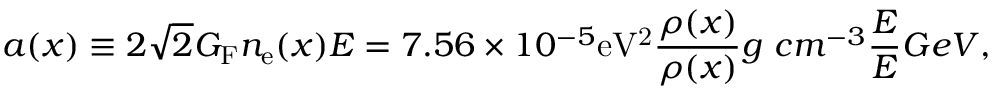
a ( x ) \equiv 2 \sqrt { 2 } G _ { \mathrm { F } } n _ { \mathrm { e } } ( x ) E = 7 . 5 6 \times 1 0 ^ { - 5 } \mathrm { e V ^ { 2 } } \frac { \rho ( x ) } { \rho ( x ) } { g ~ c m ^ { - 3 } } \frac { E } { E } { G e V } ,